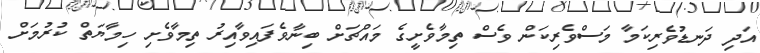
އަދި ދަނޑުވެރިކަމާ މަސްވެރިކަން ވެސް ތިމާވެށީގެ މައްޗަށް ބިނާވެފައިވާއިރު ތިމާވެށި ހިމާޔަތް ކުރުމަށް